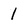
Character: 1